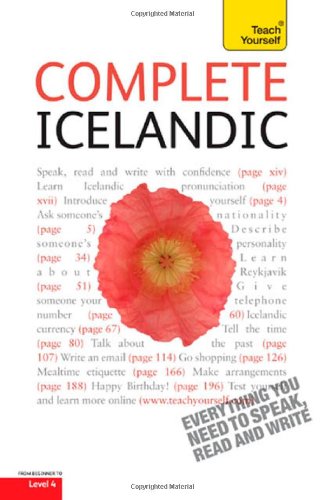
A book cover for Complete Icelandic: A Teach Yourself Guide (Teach Yourself Language); Hildur Jonsdottir; Travel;